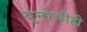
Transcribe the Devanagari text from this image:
युनोचीही